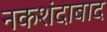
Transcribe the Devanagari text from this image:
नकशंदाबाद